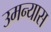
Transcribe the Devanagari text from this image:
उमन्यास